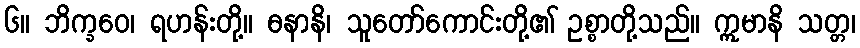
၆။ ဘိက္ခဝေ၊ ရဟန်းတို့။ ဓနာနိ၊ သူတော်ကောင်းတို့၏ ဥစ္စာတို့သည်။ ဣမာနိ သတ္တ၊